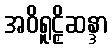
အဝိရူဠှိဆန္ဒာ